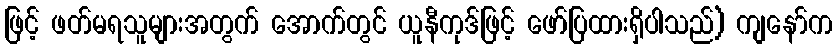
ဖြင့် ဖတ်မရသူများအတွက် အောက်တွင် ယူနီကုဒ်ဖြင့် ဖော်ပြထားရှိပါသည်) ကျနော်က